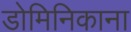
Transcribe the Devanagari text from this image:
डोमिनिकाना